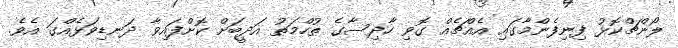
ލޯންޗްކޮޅު ފިނިފެންމާގައި އެއްޗެއް ގޮވި ހާދިސާގެ ތުހްމަތު އަދީބަށް ކޮށްފައިވާ ދަނޑިވަޅެއްގަ އެވެ.